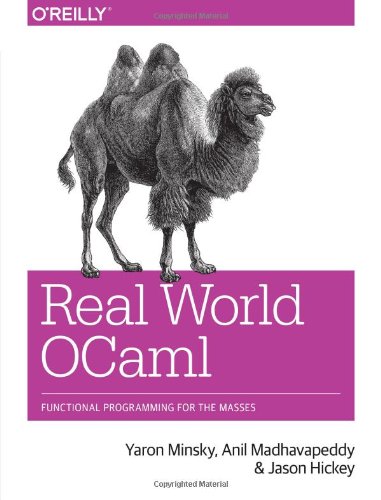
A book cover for Real World OCaml: Functional programming for the masses; Yaron Minsky; Computers & Technology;